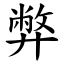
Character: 弊